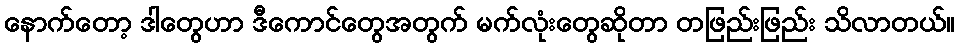
နောက်တော့ ဒါတွေဟာ ဒီကောင်တွေအတွက် မက်လုံးတွေဆိုတာ တဖြည်းဖြည်း သိလာတယ်။